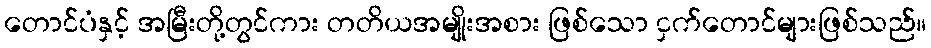
တောင်ပံနှင့် အမြီးတို့တွင်ကား တတိယအမျိုးအစား ဖြစ်သော ငှက်တောင်များဖြစ်သည်။